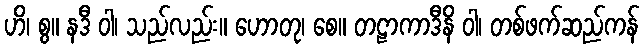
ဟိ၊ စွ။ နဒီ ဝါ၊ သည်လည်း။ ဟောတု၊ စေ။ တဠာကာဒီနိ ဝါ၊ တစ်ဖက်ဆည်ကန်